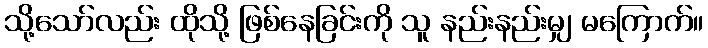
သို့သော်လည်း ထိုသို့ ဖြစ်နေခြင်းကို သူ နည်းနည်းမျှ မကြောက်။